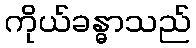
ကိုယ်ခန္ဓာသည်